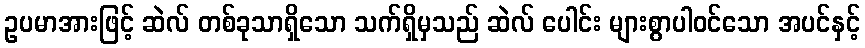
ဥပမာအားဖြင့် ဆဲလ် တစ်ခုသာရှိသော သက်ရှိမှသည် ဆဲလ် ပေါင်း များစွာပါဝင်သော အပင်နှင့်